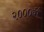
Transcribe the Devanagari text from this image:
२०००वीं